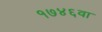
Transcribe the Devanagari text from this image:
१७४६वा